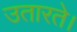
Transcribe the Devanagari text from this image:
उतारते।